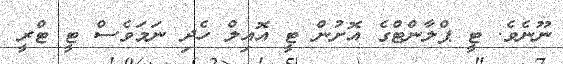
ނޫނެވެ. ޓީ ޕްލާންޓްގެ އޮށުން ޓީ އޮއިލް ހެދި ނަމަވެސް ޓީ ޓްރީ